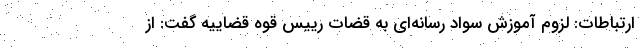
ارتباطات: لزوم آموزش سواد رسانه‌ای به قضات رییس قوه قضاییه گفت: از